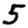
Digit: 5